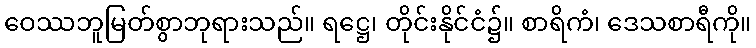
ဝေဿဘူမြတ်စွာဘုရားသည်။ ရဋ္ဌေ၊ တိုင်းနိုင်ငံ၌။ စာရိကံ၊ ဒေသစာရီကို။